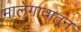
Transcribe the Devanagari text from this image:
मालेगावातून